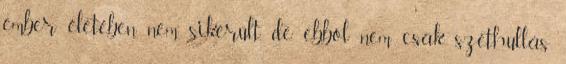
ember életében nem sikerült, de ebből nem csak széthullás